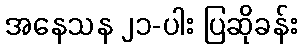
အနေသန ၂၁-ပါး ပြဆိုခန်း